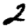
Digit: 2